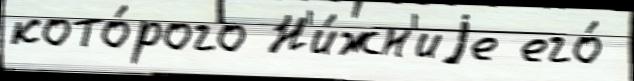
кото́рого Н'и́жн'иjе его́